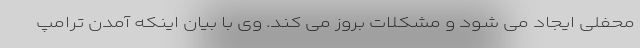
محفلی ایجاد می شود و مشکلات بروز می کند. وی با بیان اینکه آمدن ترامپ